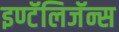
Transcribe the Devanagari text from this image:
इण्टॅलिजॅन्स